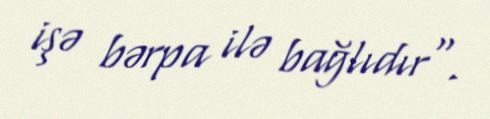
işə bərpa ilə bağlıdır".